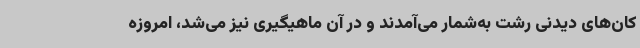
کان‌های دیدنی رشت به‌شمار می‌آمدند و در آن ماهیگیری نیز می‌شد، امروزه